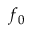
f _ { 0 }